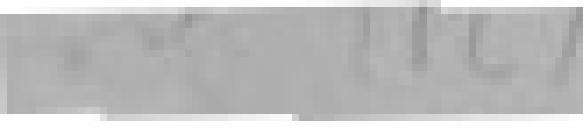
(12)